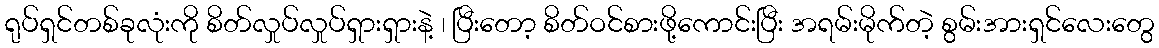
ရုပ်ရှင်တစ်ခုလုံးကို စိတ်လှုပ်လှုပ်ရှားရှားနဲ့ ၊ ပြီးတော့ စိတ်ဝင်စားဖို့ကောင်းပြီး အရမ်းမိုက်တဲ့ စွမ်းအားရှင်လေးတွေ